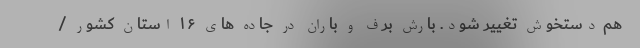
هم دستخوش تغییر شود. بارش برف و باران در جاده ‌های ۱۶ استان کشور /